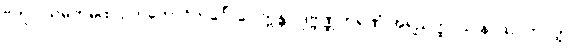
ဗဘူဝ သမ္ပကမ္ပထ ဥဘတောဝိဘင်္ဂေါ ဝေါက္ကန္တာ ဒုဗ္ဗဏ္ဏကရဏံ အရညတ္ထာယ နာထပ္ပဘဝတ္တာ